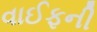
વાઈફની